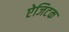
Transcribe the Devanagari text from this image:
ऐजिटक